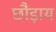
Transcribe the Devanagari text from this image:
छौड़ाय